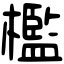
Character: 檻